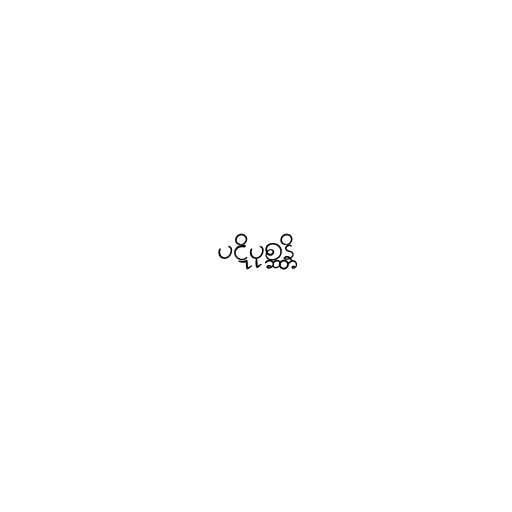
ပဋိပုစ္ဆန္တိ